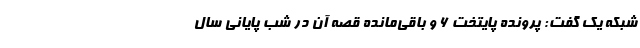
شبکه یک گفت: پرونده پایتخت 6 و باقی‌مانده قصه آن در شب پایانی سال